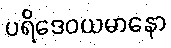
ပရိဒေဝယမာနော